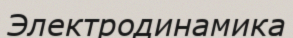
Электродинамика